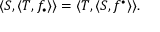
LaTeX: \langle S , \langle T , f _ { \bullet } \rangle \rangle = \langle T , \langle S , f ^ { \bullet } \rangle \rangle .